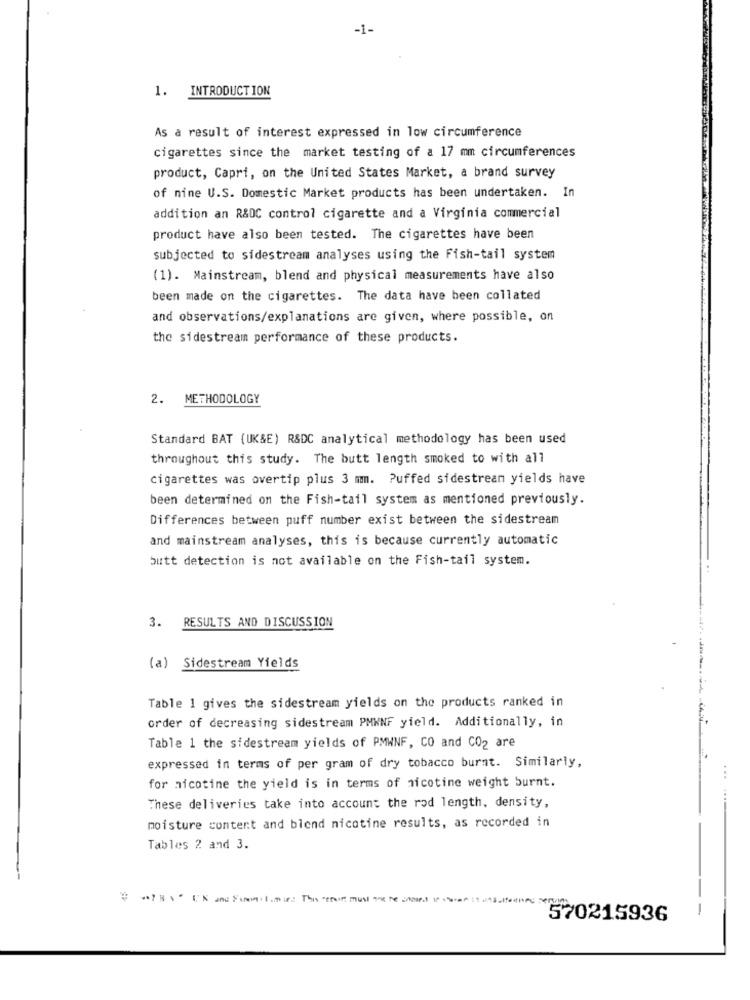
-1-
1. INTRODUCTION
As a result of interest expressed in low circumference
cigarettes since the market testing of a 17 mm circumferences
product, Capri, on the United States Market, a brand survey
of nine U.S. Domestic Market products has been undertaken. In
addition an R&DC control cigarette and a Virginia commercial
product have also been tested. The cigarettes have been
subjected to sidestream analyses using the Fish-tail system
(1). Mainstream, blend and physical measurements have also
been made on the cigarettes. The data have been collated
and observations/explanations are given, where possible, on
the sidestream performance of these products.
2. METHODOLOGY
Standard BAT (UK&E) R&DC analytical methodology has been used
throughout this study. The butt length smoked to with all
cigarettes was overtip plus 3 mm. Puffed sidestream yields have
been determined on the Fish-tail system as mentioned previously.
Differences between puff number exist between the sidestream
and mainstream analyses, this is because currently automatic
butt detection is not available on the Fish-tail system.
3. RESULTS AND DISCUSSION
(a) Sidestream Yields
Table 1 gives the sidestream yields on the products ranked in
order of decreasing sidestream PMWNF yield. Additionally, in
Table 1 the sidestream yields of PMWNF, CO and CO2 are
expressed in terms of per gram of dry tobacco burnt. Similarly,
...
for nicotine the yield is in terms of nicotine weight burnt.
These deliveries take into account the rod length, density,
moisture content and blend nicotine results, as recorded in
Tables 2 and 3.
---
570215936